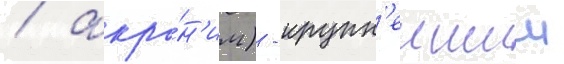
/ акро́н'им) - крупн'еишии